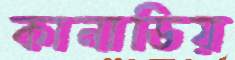
কানাডিয়